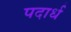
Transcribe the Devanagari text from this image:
पदार्ध